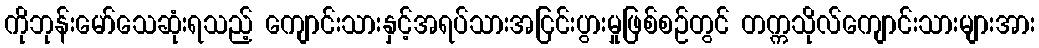
ကိုဘုန်းမော်သေဆုံးရသည့် ကျောင်းသားနှင့်အရပ်သားအငြင်းပွားမှုဖြစ်စဉ်တွင် တက္ကသိုလ်ကျောင်းသားများအား